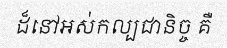
ដ៏នៅអស់កល្បជានិច្ច គឺ